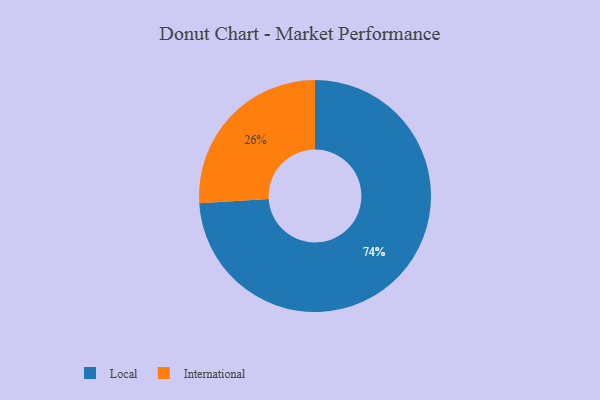
{"axis": {"x": "Category", "y": "Percentage"}, "legend": ["International", "Local"], "data": [{"x": "Local", "y": 74, "type": "Local"}, {"x": "International", "y": 26, "type": "International"}]}